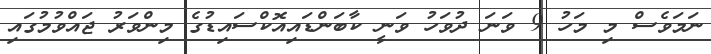
ނަމަވެސް މި މަހު 9 ވަނަ ދުވަހު ވަނީ ކާބަންޑައިއޮކްސައިޑުގެ މިންވަރު ޖައްވުމުގައި